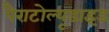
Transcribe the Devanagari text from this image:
पैराटोल्यूडाइड